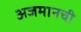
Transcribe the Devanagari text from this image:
अजमानची